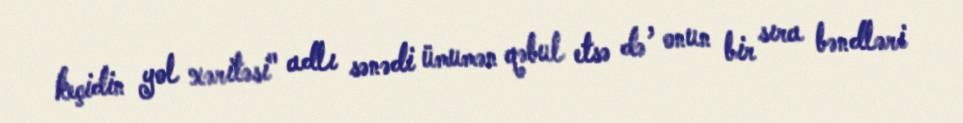
keçidin yol xəritəsi" adlı sənədi ümumən qəbul etsə də , onun bir sıra bəndləri